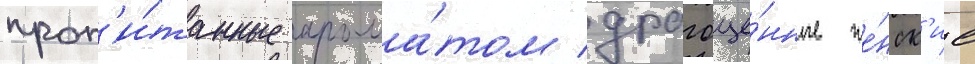
проп'и́танные арома́том драгоце́нные же́нск'ие